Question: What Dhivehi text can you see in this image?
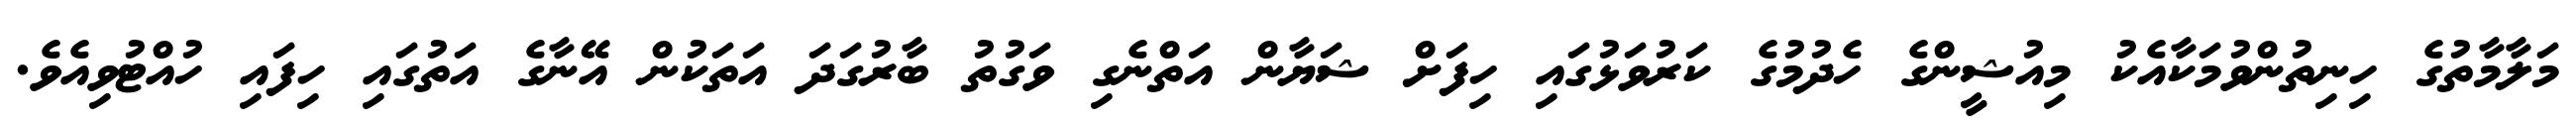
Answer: މަލާމާތުގެ ހިނިތުންވުމަކާއެކު މިއުޝީންގެ ހެދުމުގެ ކަރުވަޅުގައި ހިފަށް ޝަޔާން އަތްނެގި ވަގުތު ބާރުގަދަ އަތަކުން އޭނާގެ އަތުގައި ހިފައި ހުއްޓުވިއެވެ.